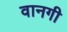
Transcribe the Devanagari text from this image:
वानगी